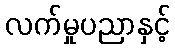
လက်မှုပညာနှင့်